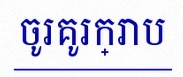
ចូរគូរក្រាប